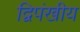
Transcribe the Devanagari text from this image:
द्विपंखीय